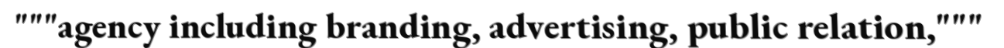
"""agency including branding, advertising, public relation,"""